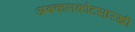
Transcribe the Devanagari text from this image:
अक्कलकोटसारखी